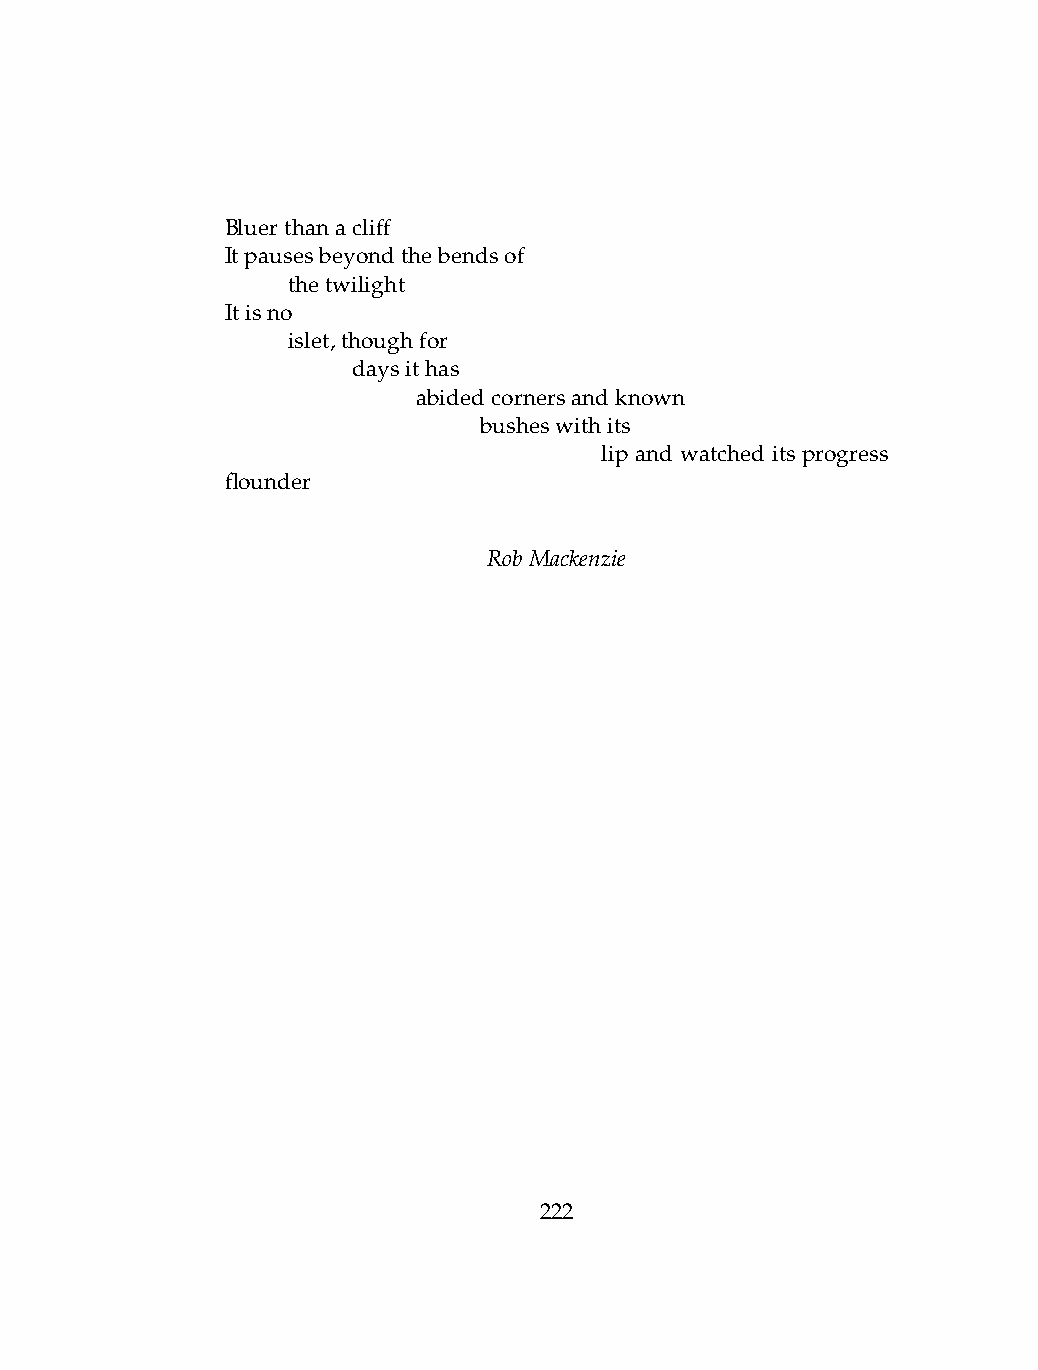
Bluerthanacliff
 Itpausesbeyondthebendsof
 .   thetwilight
 Itisno
 .   islet,thoughfor
 .   .   daysithas
 .   .   .    abidedcornersandknown
 .   .   .    .   busheswithits
 .    .    .    .    .    lip and watched its progress
 flounder
 RobMackenzie
 222